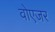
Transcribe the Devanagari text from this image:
वोएजर